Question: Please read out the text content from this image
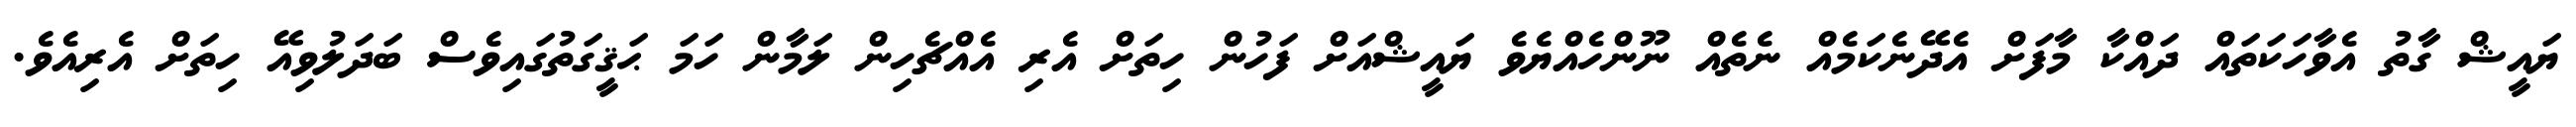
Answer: ޔައީޝް ގާތު އެވާހަކަތައް ދައްކާ މާފަށް އެދޭނެކަމެއް ނެތެއް ނޫންހެއްޔެވެ ޔައީޝްއަށް ފަހުން ހިތަށް އެރި އެއްޗެހިން ލަމާން ހަމަ ޙަޤީގަތުގައިވެސް ބަދަލުވިއޭ ހިތަށް އެރިއެވެ.